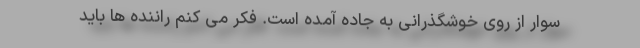
سوار از روی خوشگذرانی به جاده آمده است. فکر می کنم راننده ها باید